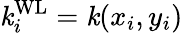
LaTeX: \mathit{k}_{i}^{\mathrm{{WL}}}=\mathit{k}(x_{i},y_{i})